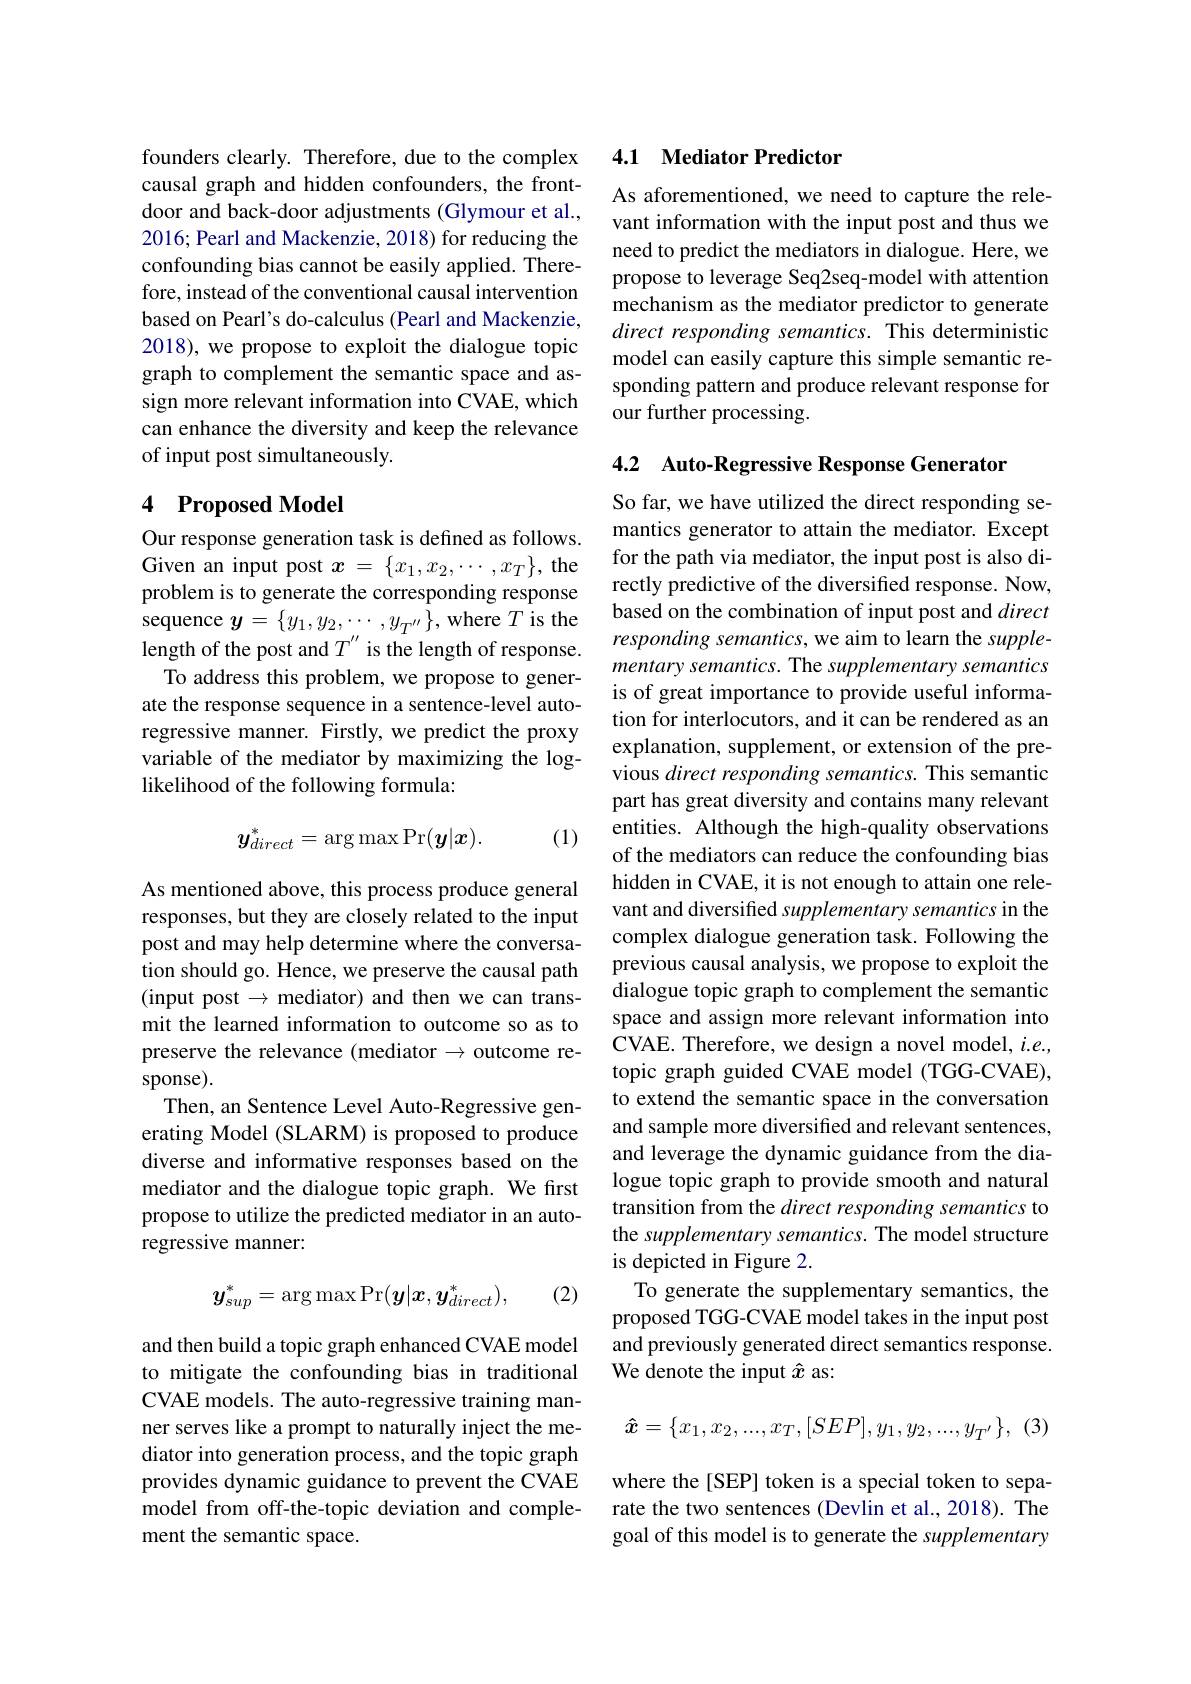
founders clearly. Therefore, due to the complex causal graph and hidden confounders, the frontdoor and back-door adjustments (Glymour et al., 2016; Pearl and Mackenzie, 2018) for reducing the confounding bias cannot be easily applied. Therefore, instead of the conventional causal intervention based on Pearl's do-calculus (Pearl and Mackenzie, 2018), we propose to exploit the dialogue topic graph to complement the semantic space and assign more relevant information into CVAE, which can enhance the diversity and keep the relevance of input post simultaneously.

## 4 Proposed Model

Our response generation task is defined as follows. Given an input post $x=\{x_1,x_2,\cdots,x_T\}$, the problem is to generate the corresponding response sequence $y=\{y_1,y_2,\cdots,y_{T^{\prime\prime}}\}$, where $T$ is the length of the post and $T^{\prime\prime}$ is the length of response.
To address this problem, we propose to generate the response sequence in a sentence-level autoregressive manner. Firstly, we predict the proxy variable of the mediator by maximizing the loglikelihood of the following formula:
$$y_{direct}^*=\arg\max\Pr(\boldsymbol{y}|\boldsymbol{x}).$$
(1)

As mentioned above, this process produce general responses, but they are closely related to the input post and may help determine where the conversation should go. Hence, we preserve the causal path (input post$\to$ mediator) and then we can transmit the learned information to outcome so as to preserve the relevance (mediator $\to$ outcome response).
Then, an Sentence Level Auto-Regressive generating Model (SLARM) is proposed to produce diverse and informative responses based on the mediator and the dialogue topic graph. We first propose to utilize the predicted mediator in an autoregressive manner:

(2)
$$y_{sup}^*=\arg\max\Pr(\boldsymbol{y}|\boldsymbol{x},\boldsymbol{y}_{direct}^*),$$
and then build a topic graph enhanced CVAE model to mitigate the confounding bias in traditional CVAE models. The auto-regressive training manner serves like a prompt to naturally inject the mediator into generation process, and the topic graph provides dynamic guidance to prevent the CVAE model from off-the-topic deviation and complement the semantic space.

## 4.1 Mediator Predictor

As aforementioned, we need to capture the relevant information with the input post and thus we need to predict the mediators in dialogue. Here, we propose to leverage Seq2seq-model with attention mechanism as the mediator predictor to generate direct responding semantics. This deterministic model can easily capture this simple semantic responding pattern and produce relevant response for our further processing.

4.2 Auto-Regressive Response Generator

So far, we have utilized the direct responding semantics generator to attain the mediator. Except for the path via mediator, the input post is also directly predictive of the diversified response. Now, based on the combination of input post and direct responding semantics, we aim to learn the supplementary semantics. The supplementary semantics is of great importance to provide useful information for interlocutors, and it can be rendered as an explanation, supplement, or extension of the previous direct responding semantics. This semantic part has great diversity and contains many relevant entities. Although the high-quality observations of the mediators can reduce the confounding bias hidden in CVAE, it is not enough to attain one relevant and diversified supplementary semantics in the complex dialogue generation task. Following the previous causal analysis, we propose to exploit the dialogue topic graph to complement the semantic space and assign more relevant information into CVAE. Therefore, we design a novel model, $i.e.$, topic graph guided CVAE model (TGG-CVAE), to extend the semantic space in the conversation and sample more diversified and relevant sentences, and leverage the dynamic guidance from the dialogue topic graph to provide smooth and natural transition from the direct responding semantics to the supplementary semantics. The model structure is depicted in Figure 2.
To generate the supplementary semantics, the proposed TGG-CVAE model takes in the input post and previously generated direct semantics response. We denote the input $\hat{x}$ as:
$$\hat{\boldsymbol{x}}=\{x_1,x_2,...,x_T,[SEP],y_1,y_2,...,y_{T^{\prime}}\},$$
(3)

where the[SEP] token is a special token to separate the two sentences (Devlin et al., 2018). The goal of this model is to generate the supplementary